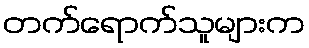
တက်ရောက်သူများက